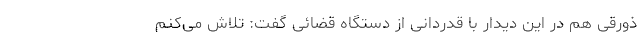
ذورقی هم در این دیدار با قدردانی از دستگاه قضائی گفت: تلاش می‌کنم